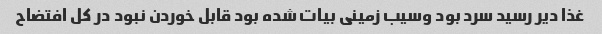
غذا دیر رسید سرد بود وسیب زمینی بیات شده بود قابل خوردن نبود در کل افتضاح